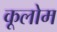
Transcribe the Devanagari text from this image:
कूलोम